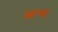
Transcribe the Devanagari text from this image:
अन्य